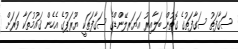
ސަގާފަތު ސަގާފަތުގެ ގޮތުން ބަލާއިރު އަޔަރލޭންޑްގެ ސަގާފަތަކީ ޔޫރަޕުގެ އެހެން ޤައުމުތަކާ ވަރަށް